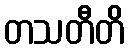
တသတီတိ